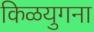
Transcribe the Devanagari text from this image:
किळयुगना